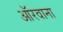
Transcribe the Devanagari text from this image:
ऑरवाना